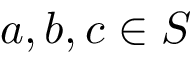
a , b , c \in S